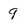
Character: 9